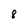
Character: 8